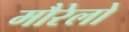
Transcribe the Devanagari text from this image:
मौरेलो